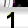
Digit: 1